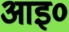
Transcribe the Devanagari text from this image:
आइ०